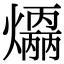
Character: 𤑣